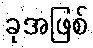
ခုအဖြစ်